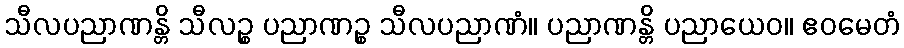
သီလပညာဏန္တိ သီလဉ္စ ပညာဏဉ္စ သီလပညာဏံ။ ပညာဏန္တိ ပညာယေဝ။ ဧဝမေတံ